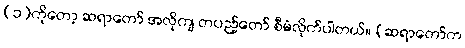
(၁)ကိုတော့ ဆရာတော် အလိုကျ တပည့်တော် စီမံလိုက်ပါတယ်။ (ဆရာတော်က